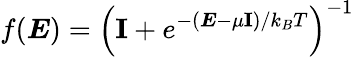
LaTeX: f(\boldsymbol{E})=\left(\textbf{I}+e^{-(\boldsymbol{E}-\mu\textbf{I})/k_{B}T}\right)^{-1}